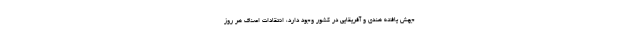
جهش یافته هندی و آفریقایی در کشور وجود دارد، انتقادات اصناف هر روز